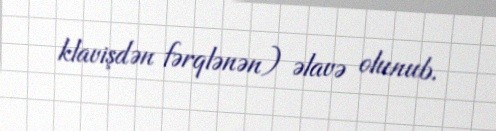
klavişdən fərqlənən) əlavə olunub.